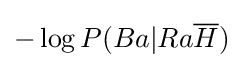
-\log P(Ba|Ra{\overline {H}})